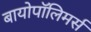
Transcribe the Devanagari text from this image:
बायोपॉलिमर्स